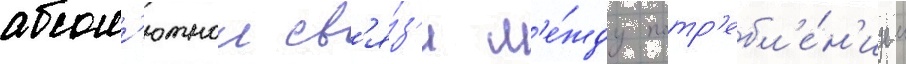
абсол'ютнои св'я́з'и м'е́жду потр'ебл'е́н'ием